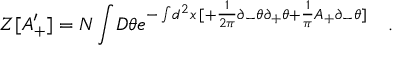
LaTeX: Z [ A _ { + } ^ { \prime } ] = N \int \! D \theta e ^ { - \int \! d ^ { 2 } x \, [ + \frac { 1 } { 2 \pi } \partial _ { - } \theta \partial _ { + } \theta + \frac { 1 } { \pi } A _ { + } \partial _ { - } \theta ] } \quad .